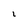
Character: l